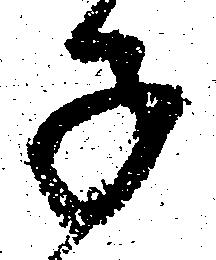
子